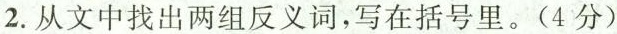
2.从文中找出两组反义词，写在括号里。(4分)